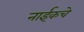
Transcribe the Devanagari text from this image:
नाईकचे